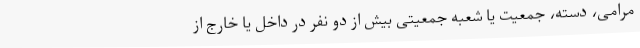
مرامی، دسته، جمعیت یا شعبه جمعیتی بیش از دو نفر در داخل یا خارج از